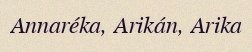
Annaréka, Arikán, Arika